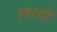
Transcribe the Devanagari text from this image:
लग्‍यो